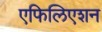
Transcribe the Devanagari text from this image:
एफिलिएशन